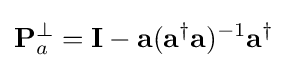
\mathbf {P} _{a}^{\perp }=\mathbf {I} -\mathbf {a} (\mathbf {a} ^{\dagger }\mathbf {a} )^{-1}\mathbf {a} ^{\dagger }